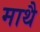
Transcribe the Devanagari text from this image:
माथै